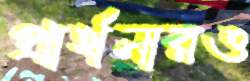
প্রার্থনারও